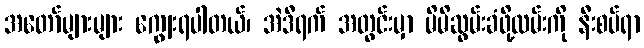
အတော်များများ ကျွေးရပါတယ်၊ အဲဒီရက် အတွင်းမှာ မိမိဆွမ်းခံဖို့လမ်းကို နီးစပ်ရာ